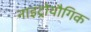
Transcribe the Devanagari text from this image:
नाइट्रोयौगिक